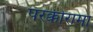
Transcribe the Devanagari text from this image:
परक्कीरामा